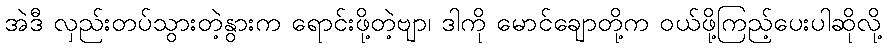
အဲဒီ လှည်းတပ်သွားတဲ့နွားက ရောင်းဖို့တဲ့ဗျာ၊ ဒါကို မောင်ချောတို့က ဝယ်ဖို့ကြည့်ပေးပါဆိုလို့